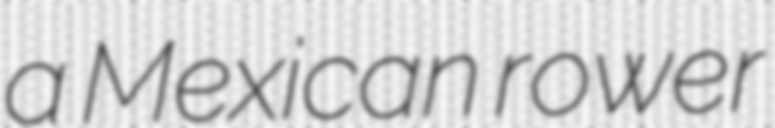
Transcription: a Mexican rower